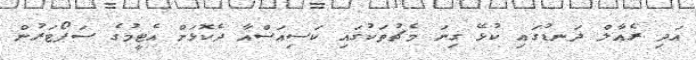
އަދި ރެއާލް ދަނޑުގައި ކުޅޭ ގިނަ މެޗުތަކުގައި ކަސިއަސްއާ ދެކޮޅަށް އެޓީމުގެ ސަޕޯޓަރުން